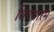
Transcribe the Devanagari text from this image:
विपवारम